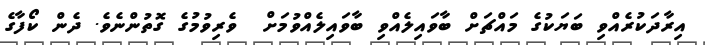
އިރާދަކުރެއްވި ބަޔަކުގެ މައްޗަށް ބާވައިލެއްވި ބާވައިލެއްވުމަށް  ވެރިވުމުގެ ގޮތުންނެވެ. ދެން ކޯފާގެ